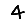
Digit: 4